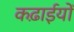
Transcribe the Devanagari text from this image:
कढ़ाईयों